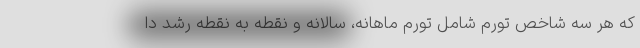
که هر سه شاخص تورم شامل تورم ماهانه، سالانه و نقطه به نقطه رشد دا